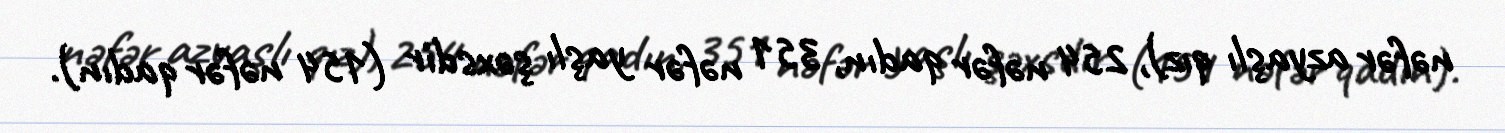
nəfər azyaşlı qız), 254 nəfər qadın, 351 nəfər yaşlı şəxsdir (154 nəfər qadın).